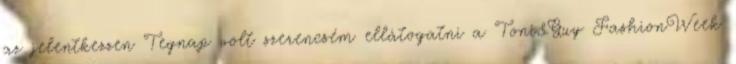
az jelentkezzen Tegnap volt szerencsém ellátogatni a Toni&Guy FashionWeek